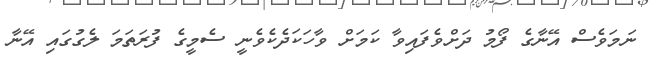
ނަމަވެސް އޭނާގެ ފޯމު ދަށްވެފައިވާ ކަމަށް ވާހަކަދެކެވެނީ ސެމީގެ ފުރަތަމަ ލެގުގައި އޭނާ